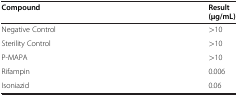
| Compound | Result (μg/mL) |
 | --- | --- |
 | Negative Control | >10 |
 | Sterility Control | >10 |
 | P-MAPA | >10 |
 | Rifampin | 0.006 |
 | Isoniazid | 0.06 |